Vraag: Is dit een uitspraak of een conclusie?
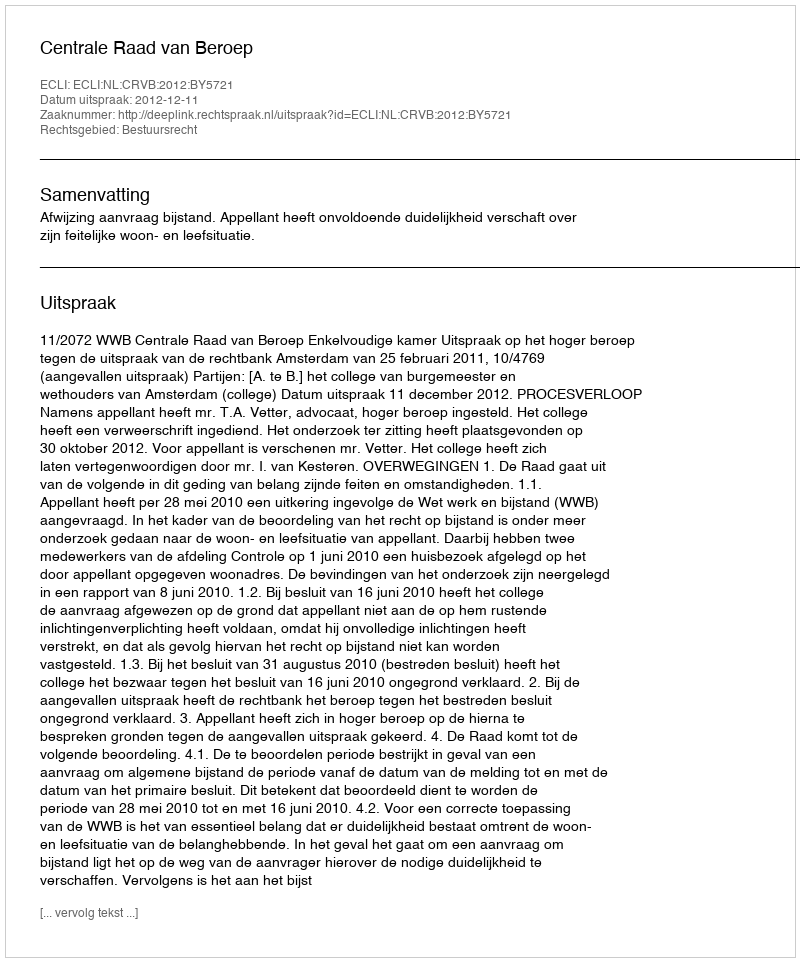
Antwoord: Uitspraak